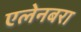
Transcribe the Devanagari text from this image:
एलेनबरा